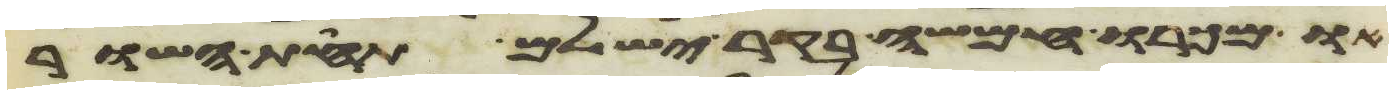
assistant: או מכרו חמשה בקר ישלם תחת השור